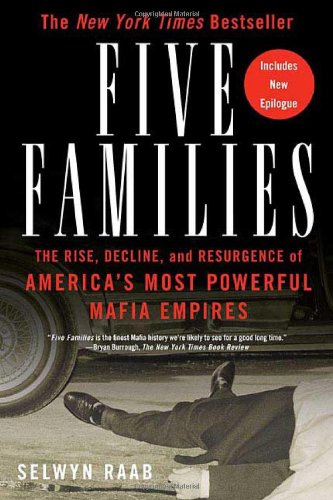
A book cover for Five Families: The Rise, Decline, and Resurgence of America's Most Powerful Mafia Empires; Selwyn Raab; Biographies & Memoirs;